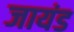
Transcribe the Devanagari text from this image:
जायंड